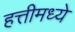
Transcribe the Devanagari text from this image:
हत्तीमध्ये